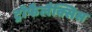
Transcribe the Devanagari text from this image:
ट्रॉफैलैक्सिस